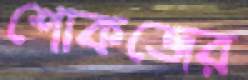
শোকজের